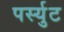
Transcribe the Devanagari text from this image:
पर्स्युट